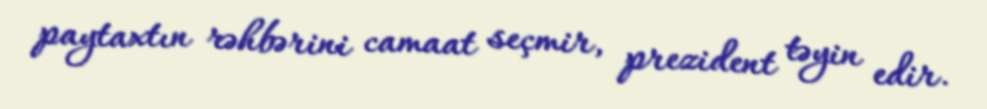
paytaxtın rəhbərini camaat seçmir, prezident təyin edir.